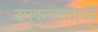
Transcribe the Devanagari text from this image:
उपकरणामध्ये